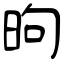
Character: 昫